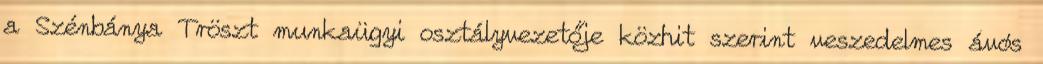
a Szénbánya Tröszt munkaügyi osztályvezetője közhit szerint veszedelmes ávós